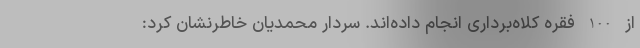
از 100 فقره کلاه‌برداری انجام داده‌اند. سردار محمدیان خاطرنشان کرد: